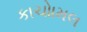
કાચોામલ